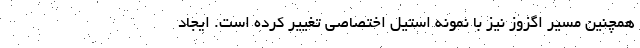
همچنین مسیر اگزوز نیز با نمونه استیل اختصاصی تغییر کرده است. ایجاد